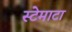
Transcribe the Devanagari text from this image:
स्टेमाटा